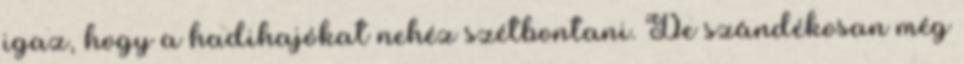
igaz, hogy a hadihajókat nehéz szétbontani. De szándékosan még